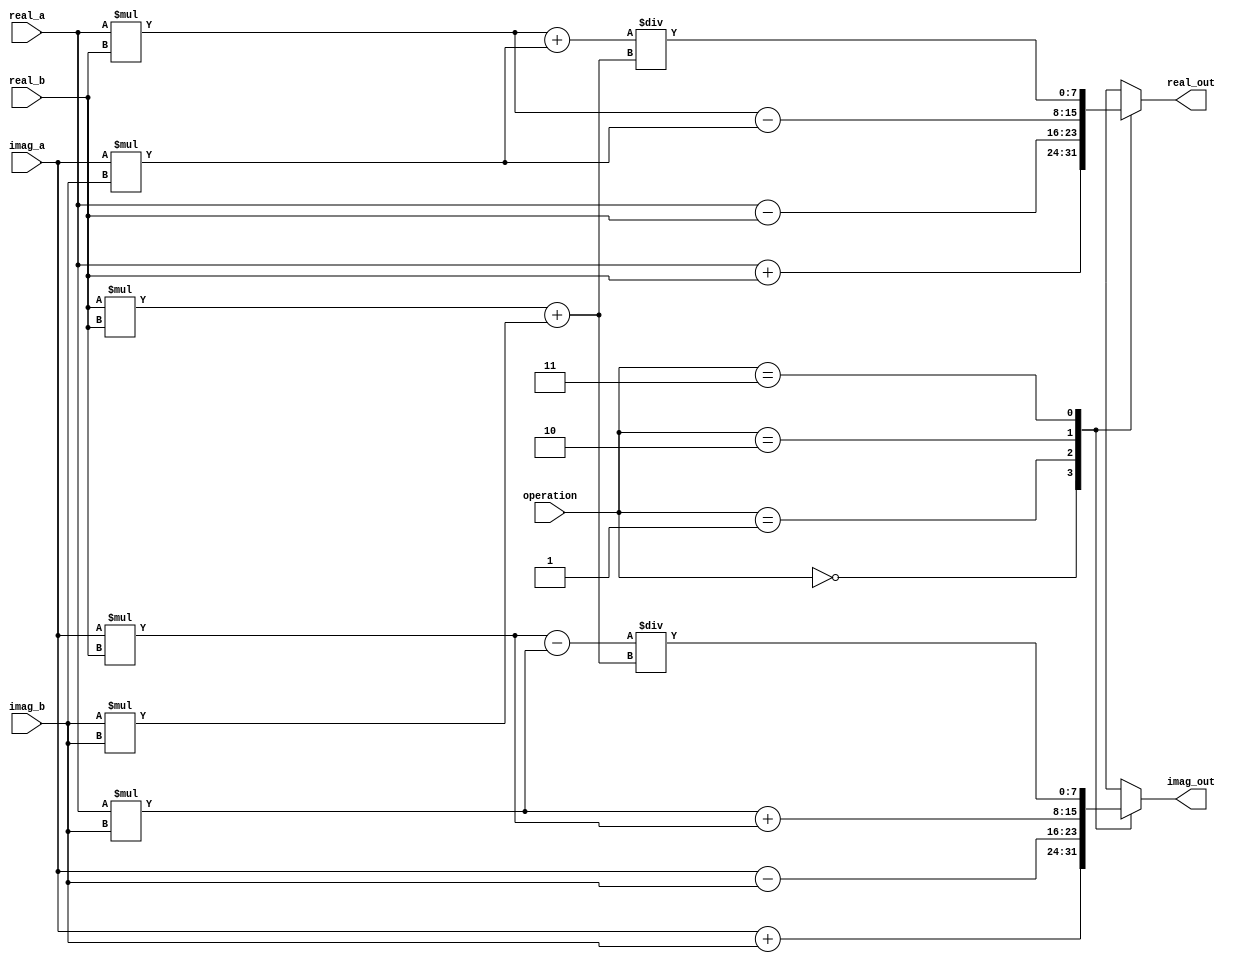
module complex_alu(
    input [7:0] real_a,
    input [7:0] imag_a,
    input [7:0] real_b,
    input [7:0] imag_b,
    input [1:0] operation, // 0: addition, 1: subtraction, 2: multiplication, 3: division
    output reg [7:0] real_out,
    output reg [7:0] imag_out
);

always @(*)
begin
    case(operation)
        2'b00: // Addition
        begin
            real_out = real_a + real_b;
            imag_out = imag_a + imag_b;
        end
        
        2'b01: // Subtraction
        begin
            real_out = real_a - real_b;
            imag_out = imag_a - imag_b;
        end
        
        2'b10: // Multiplication
        begin
            real_out = (real_a * real_b) - (imag_a * imag_b);
            imag_out = (real_a * imag_b) + (imag_a * real_b);
        end
        
        2'b11: // Division
        begin
            real_out = ((real_a * real_b) + (imag_a * imag_b)) / ((real_b * real_b) + (imag_b * imag_b));
            imag_out = ((imag_a * real_b) - (real_a * imag_b)) / ((real_b * real_b) + (imag_b * imag_b));
        end
    endcase
end

endmodule